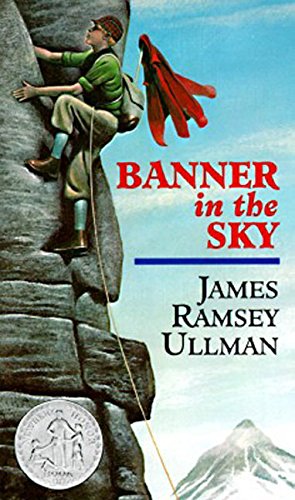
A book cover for Banner in the Sky; James Ramsey Ullman; Teen & Young Adult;